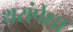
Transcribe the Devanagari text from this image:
थरांपेक्षा